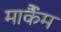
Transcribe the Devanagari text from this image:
मार्कैंम